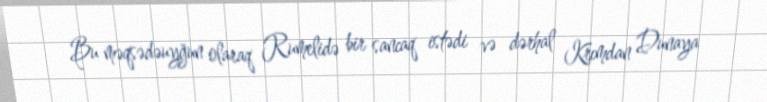
Bu məqsədəuyğun olaraq Rumelidə bir sancaq istədi və dərhal Krımdan Dunaya